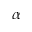
\alpha